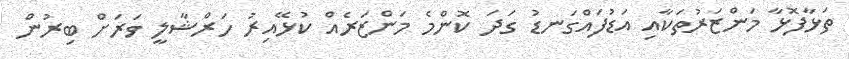
ތަޅާފޮޅާ މަންޒަރުތަކާއި އަޑުފައްގަނޑު ގަދަ ކޮންމެ މަންޒަރެއް ކުޅޭއިރު ހަރްޝާލީ ވަރަށް ބިރުން